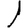
Digit: 1